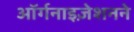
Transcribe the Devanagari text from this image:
ऑर्गनाइज़ेशनने